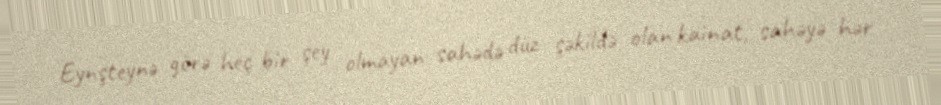
Eynşteynə görə heç bir şey olmayan sahədə düz şəkildə olan kainat, sahəyə hər